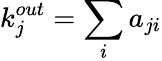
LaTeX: k_{j}^{out}=\sum_{i}a_{ji}